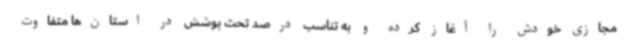
مجازی خودش را آغاز کرده و به تناسب درصد تحت پوشش در استان‌ها متفاوت